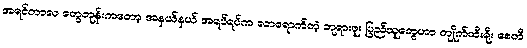
အရင်ကာလ တွေတုန်းကတော့ အနယ်နယ် အရပ်ရပ်က လာရောက်တဲ့ ဘုရားဖူး ပြည်သူတွေဟာ ကျိုက်ထီးရိုး စေတီ